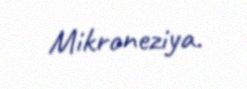
Mikroneziya.